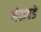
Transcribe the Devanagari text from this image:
गेळवडे